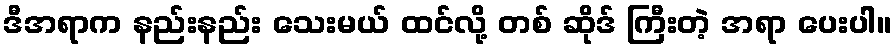
ဒီအရာက နည်းနည်း သေးမယ် ထင်လို့ တစ် ဆိုဒ် ကြီးတဲ့ အရာ ပေးပါ။